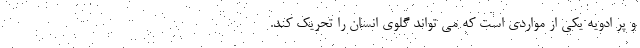
و پر ادویه یکی از مواردی است که می تواند گلوی انسان را تحریک کند.